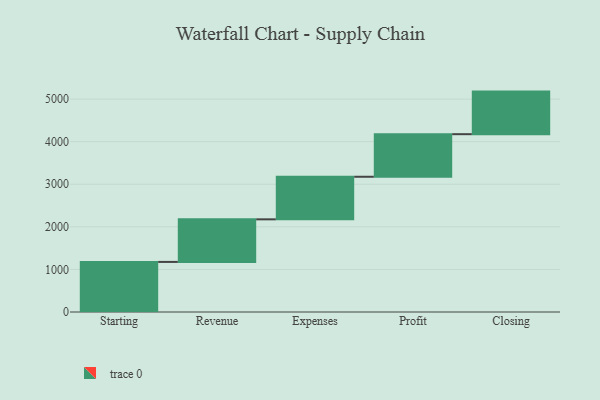
{"axis": {"x": "Step", "y": "Value"}, "legend": [""], "data": [{"x": "Starting", "y": 1176.0, "type": ""}, {"x": "Revenue", "y": 1000, "type": ""}, {"x": "Expenses", "y": 1000, "type": ""}, {"x": "Profit", "y": 1000, "type": ""}, {"x": "Closing", "y": 1000, "type": ""}]}